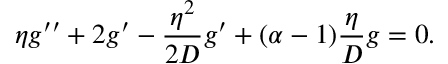
\eta g ^ { \prime \prime } + 2 g ^ { \prime } - \frac { \eta ^ { 2 } } { 2 D } g ^ { \prime } + ( \alpha - 1 ) \frac { \eta } { D } g = 0 .